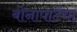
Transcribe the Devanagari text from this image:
बोनापार्टचा